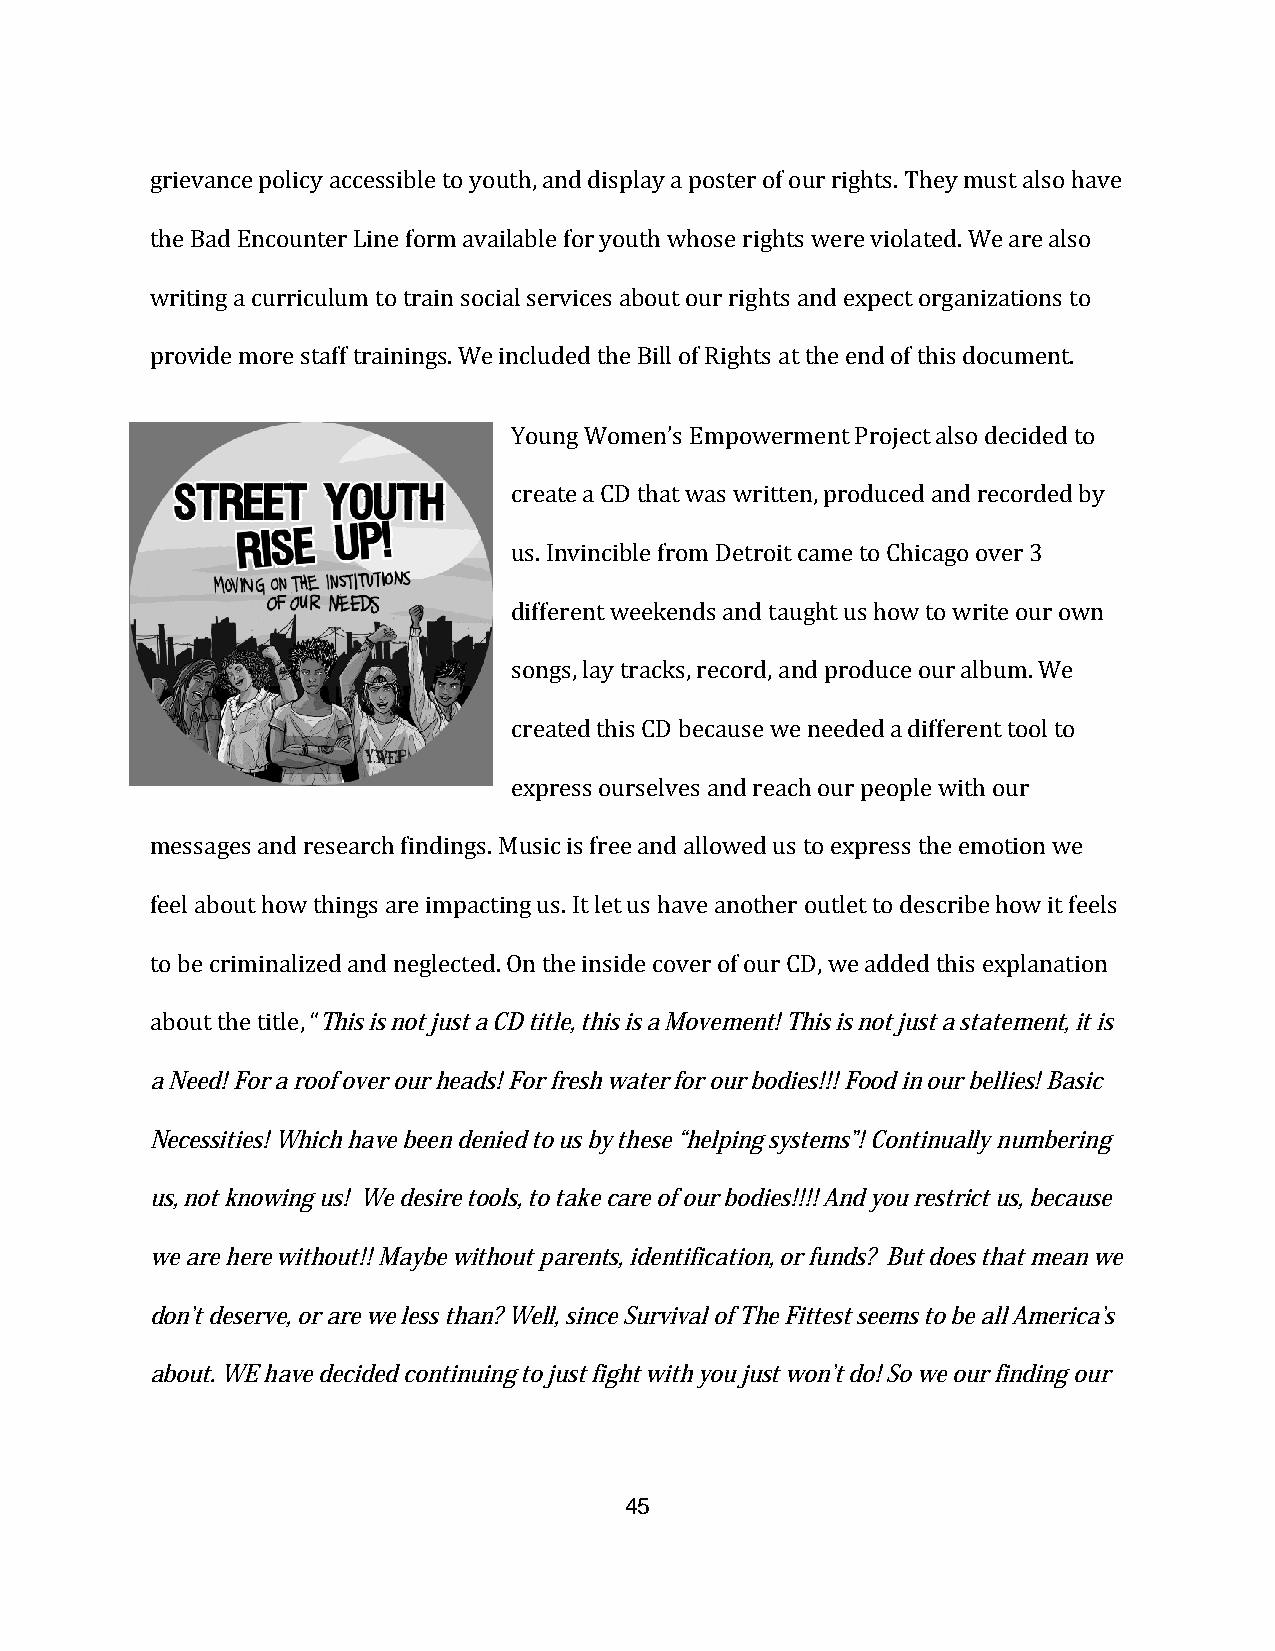
grievance policy accessible to youth, and display a poster of our rights. They must also have
 the Bad Encounter Line form available for youth whose rights were violated. We are also
 writing a curriculum to train social services about our rights and expect organizations to
 provide more staff trainings. We included the Bill of Rights at the end of this document.
 Young Women’s Empowerment Project also decided to
 create a CD that was written, produced and recorded by
 us. Invincible from Detroit came to Chicago over 3
 different weekends and taught us how to write our own
 songs, lay tracks, record, and produce our album. We
 created this CD because we needed a different tool to
 express ourselves and reach our people with our
 messages and research findings. Music is free and allowed us to express the emotion we
 feel about how things are impacting us. It let us have another outlet to describe how it feels
 to be criminalized and neglected. On the inside cover of our CD, we added this explanation
 about the title, “This is not just a CD title, this is a Movement! This is not just a statement, it is
 a Need! For a roof over our heads! For fresh water for our bodies!!! Food in our bellies! Basic
 Necessities! Which have been denied to us by these “helping systems”! Continually numbering
 us, not knowing us! We desire tools, to take care of our bodies!!!! And you restrict us, because
 we are here without!! Maybe without parents, identification, or funds? But does that mean we
 don’t deserve, or are we less than? Well, since Survival of The Fittest seems to be all America’s
 about. WE have decided continuing to just fight with you just won’t do! So we our finding our
 45